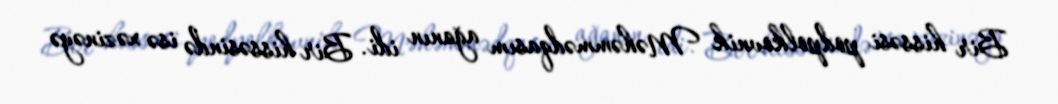
Bir hissəsi podpolkovnik Məhəmmədqasım ağanın idi. Bir hissəsində isə xəzinəyə